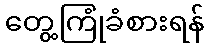
တွေ့ကြုံခံစားရန်